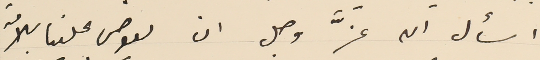
اسأل الله عزَّ وجل ان يعوض علينا للامة